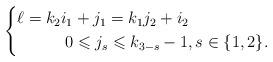
LaTeX: \begin{align*} \left\{ \begin{aligned} \ell = k_2i_1 &+ j_1 = k_1 j_2 + i_2\\ 0&\leqslant j_s \leqslant k_{3-s}-1, s \in \{1, 2\}. \end{aligned} \right. \end{align*}